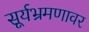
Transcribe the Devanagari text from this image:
सूर्यभ्रमणावर